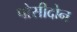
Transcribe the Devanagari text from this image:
पोसीदोन